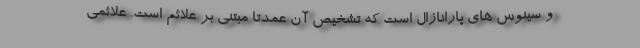
و سینوس های پارانازال است که تشخیص آن عمدتا مبتنی بر علائم است. علائمی